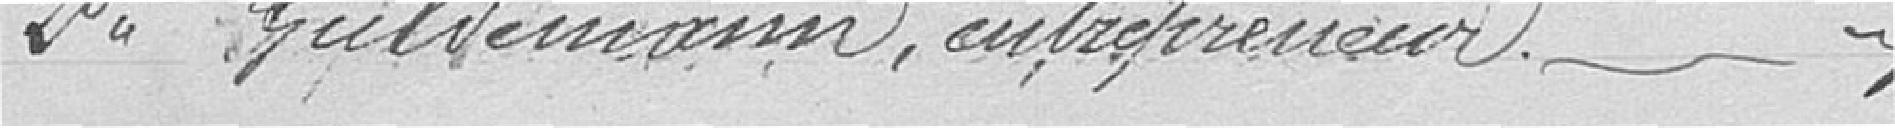
Deuxième : Guldemann, entrepreneur, conseiller municipal